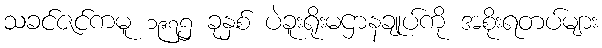
သခင်ဇင်ကမူ ၁၉၇၅ ခုနှစ် ပဲခူးရိုးမဌာနချုပ်ကို အစိုးရတပ်များ